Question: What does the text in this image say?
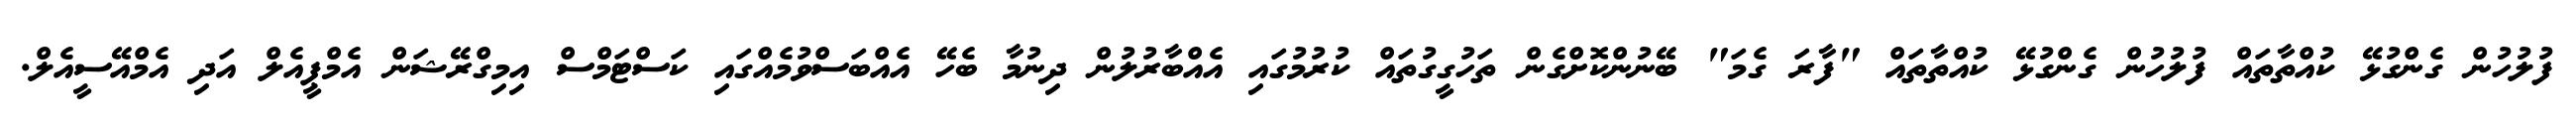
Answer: ފުލުހުން ގެންގުޅޭ ކުއްތާތައް ފުލުހުން ގެންގުޅޭ ކުއްތާތައް "ފާރަ ގެމަ" ބޭނުންކޮށްގެން ތަހުގީގުތައް ކުރުމުގައި އެއްބާރުލުން ދިނުމާ ބެހޭ އެއްބަސްވުމެއްގައި ކަސްޓަމްސް އިމިގްރޭޝަން އެމްޕީއެލް އަދި އެމްއޭސީއެލް.